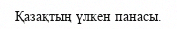
Қазақтың үлкен панасы.